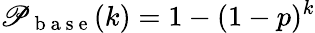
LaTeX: \mathscr{P}_{\mathrm{{~b~a~s~e~}}}(k)=1-(1-p)^{k}